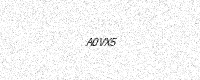
Text: A0VX5